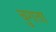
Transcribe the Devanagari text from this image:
चुगता